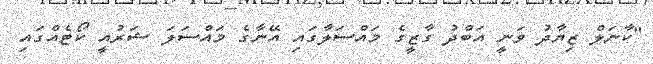
"ކާނަލް ޒިޔާދު ވަނީ އަބްދު ގާޒީގެ މައްސަލާގައި އޭނާގެ މައްސަލަ ޝަރުއީ ކޯޓެއްގައި